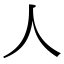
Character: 人